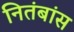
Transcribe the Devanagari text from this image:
नितंबांस